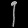
Digit: ၂